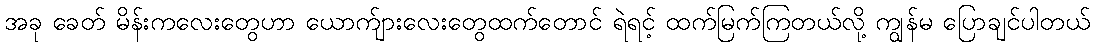
အခု ခေတ် မိန်းကလေးတွေဟာ ယောက်ျားလေးတွေထက်တောင် ရဲရင့် ထက်မြက်ကြတယ်လို့ ကျွန်မ ပြောချင်ပါတယ်